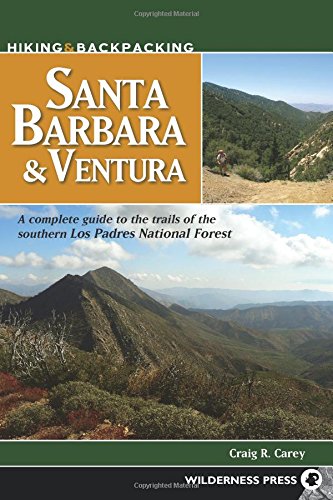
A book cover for Hiking and Backpacking Santa Barbara and Ventura; Craig R. Carey; Health, Fitness & Dieting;